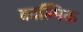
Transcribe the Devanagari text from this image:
काल्मिक